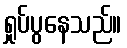
ရှုပ်ပွနေသည်။